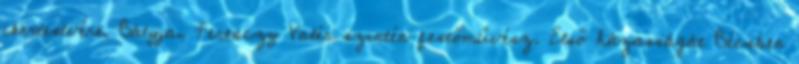
ikertestvére. Bátyja, Ferenczy Valér szintén festőművész. Első házasságát Bécsben